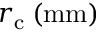
r _ { \mathrm { c } } \: ( \mathrm { m m } )